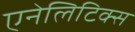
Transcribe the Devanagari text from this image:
एनेलिटिक्स